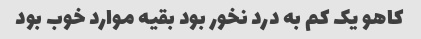
کاهو یک کم به درد نخور بود بقیه موارد خوب بود